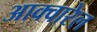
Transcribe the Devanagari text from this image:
आक्वारेल